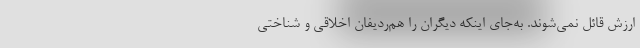
ارزش قائل نمی‌شوند. به‌جای اینکه دیگران را هم‌ردیفان اخلاقی و شناختی